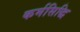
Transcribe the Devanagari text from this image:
कर्मसिद्धि